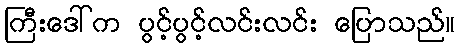
ကြီးဒေါ်က ပွင့်ပွင့်လင်းလင်း ပြောသည်။